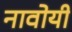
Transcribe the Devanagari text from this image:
नावोयी